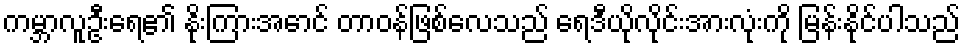
ကမ္ဘာလူဦးရေ၏ နိုးကြားအောင် တာဝန်ဖြစ်လေသည် ရေဒီယိုလိုင်းအားလုံးကို မြန်းနိုင်ပါသည်